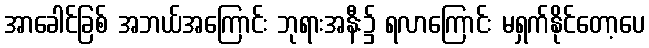
အာခေါင်ခြစ် အဘယ်အကြောင်း ဘုရားအနီး၌ ရလာကြောင်း မရှက်နိုင်တော့ပေ